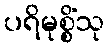
ပရိမုစ္စိံသု